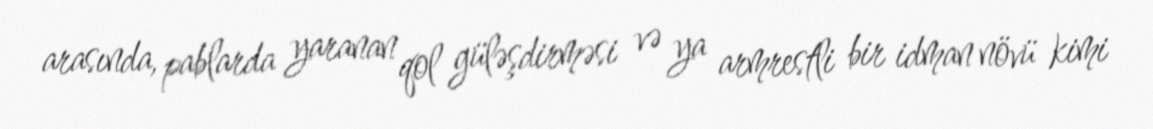
arasında, pablarda yaranan qol güləşdirməsi və ya armrestli bir idman növü kimi